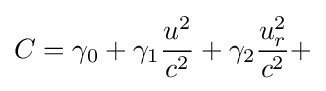
C=\gamma _{0}+\gamma _{1}{\frac {u^{2}}{c^{2}}}+\gamma _{2}{\frac {u_{r}^{2}}{c^{2}}}+